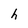
Character: h